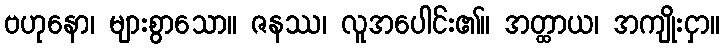
ဗဟုနော၊ များစွာသော။ ဇနဿ၊ လူအပေါင်း၏။ အတ္ထာယ၊ အကျိုးငှာ။